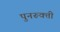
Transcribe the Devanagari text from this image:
पुनरूक्ती